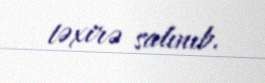
təxirə salınıb.